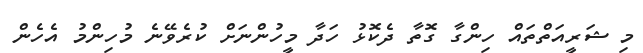
މި ޝަރީއަތްތައް ހިންގާ ގޮތާ ދެކޮޅު ހަދާ މީހުންނަށް ކުރެވޭނެ މުހިންމު އެހެން